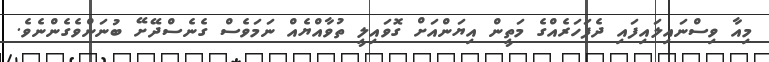
މިއާ ވިސްނައިލައިފައި ދެފަހަރެއްގެ މަތީން އިޔަންއަށް ގޮވައިލީ ތުވާއްޔެއް ނަމަވެސް ގެނެސްދޭށޭ ބުނަންވެގެންނެވެ.